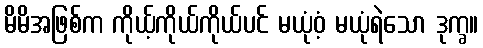
မိမိအဖြစ်က ကိုယ့်ကိုယ်ကိုယ်ပင် မယုံဝံ့ မယုံရဲသော ဒုက္ခ။